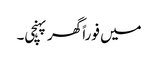
میں فوراً گھر پہنچی۔